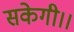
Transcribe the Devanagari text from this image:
सकेगी।।